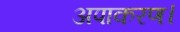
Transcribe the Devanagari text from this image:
अपाकरण।